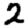
Digit: 2